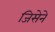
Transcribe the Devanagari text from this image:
जिसेने